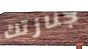
جنازتك